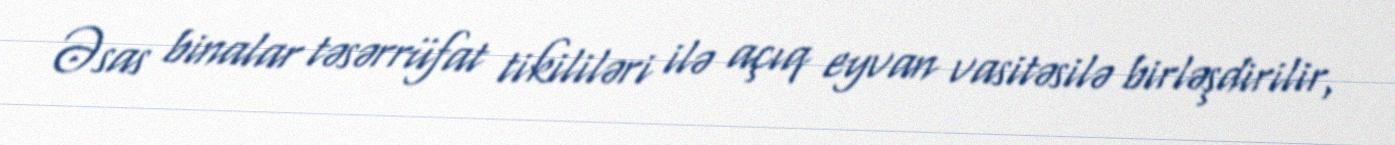
Əsas binalar təsərrüfat tikililəri ilə açıq eyvan vasitəsilə birləşdirilir,